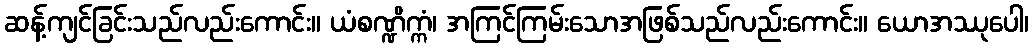
ဆန့်ကျင်ခြင်းသည်လည်းကောင်း။ ယံစဏ္ဍိက္ကံ၊ အကြင်ကြမ်းသောအဖြစ်သည်လည်းကောင်း။ ယောအဿုပေါ၊